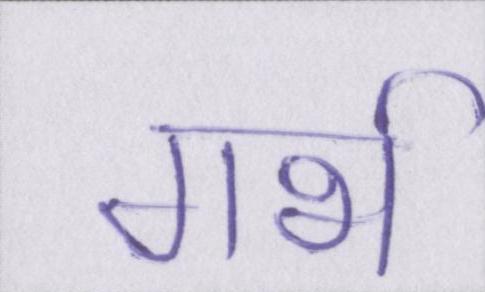
गर्भ